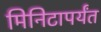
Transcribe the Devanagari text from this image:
मिनिटापर्यंत